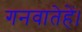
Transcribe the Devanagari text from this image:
गनवातेहें।